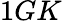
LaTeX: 1GK